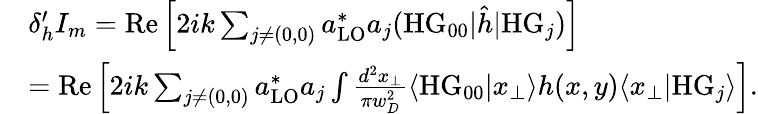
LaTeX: \begin{array}{rl}&{\delta_{h}^{\prime}I_{m}=\mathrm{Re}\left[2ik\sum_{j\neq(0,0)}a_{\mathrm{LO}}^{*}a_{j}(\mathrm{HG}_{00}|\hat{h}|\mathrm{HG}_{j})\right]}\\ &{=\mathrm{Re}\left[2ik\sum_{j\neq(0,0)}a_{\mathrm{LO}}^{*}a_{j}\int\frac{d^{2}x_{\perp}}{\pi w_{D}^{2}}\langle\mathrm{HG}_{00}|x_{\perp}\rangle h(x,y)\langle x_{\perp}|\mathrm{HG}_{j}\rangle\right].}\end{array}